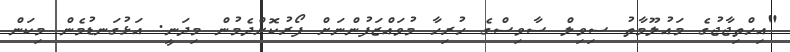
"އިހްތިޖާޖުގެ މައުލޫމާތު ސިވިލް ސާވިސްގެ ހުރިހާ މުވައްޒަފުންނަށް ފޯރުކޮށްދެމުން މިދަނީ. އަޅުގަނޑުމެން މިކަން